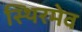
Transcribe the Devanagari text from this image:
स्थिरमेव